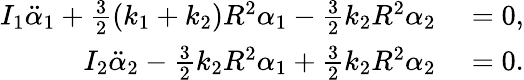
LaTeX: \begin{array}{rl}{I_{1}\ddot{\alpha}_{1}+\frac{3}{2}(k_{1}+k_{2})R^{2}\alpha_{1}-\frac{3}{2}k_{2}R^{2}\alpha_{2}}&{{}=0,}\\ {I_{2}\ddot{\alpha}_{2}-\frac{3}{2}k_{2}R^{2}\alpha_{1}+\frac{3}{2}k_{2}R^{2}\alpha_{2}}&{{}=0.}\end{array}